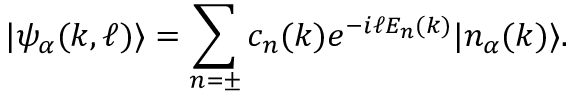
| \psi _ { \alpha } ( k , \ell ) \rangle = \sum _ { n = \pm } c _ { n } ( k ) e ^ { - i \ell E _ { n } ( k ) } | n _ { \alpha } ( k ) \rangle .